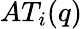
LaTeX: AT_{i}(q)